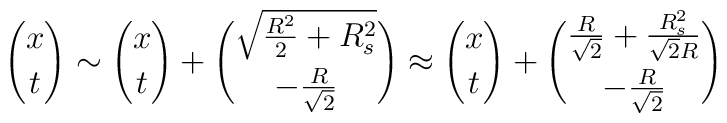
{x \choose t} \sim {x \choose t} +{ \sqrt{ {R^2\over 2} +R_s^2} \choose - {R\over \sqrt{2}} } \approx  {x \choose t} +{ {R\over \sqrt{2}}  + {R_s^2 \over \sqrt{2} R} \choose - {R \over\sqrt{2}}}